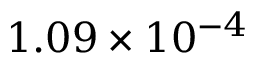
1 . 0 9 \times 1 0 ^ { - 4 }